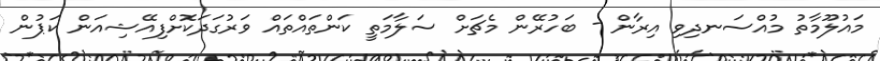
މައުލޫމާތު މުއްސަނދިވި އިރާން - ބަހުރޭން މެޗަށް ސަލާމަތީ ކަންތައްތައް ވަރުގަދަކޮށްފިއޭޝިއަން ކަޕުން